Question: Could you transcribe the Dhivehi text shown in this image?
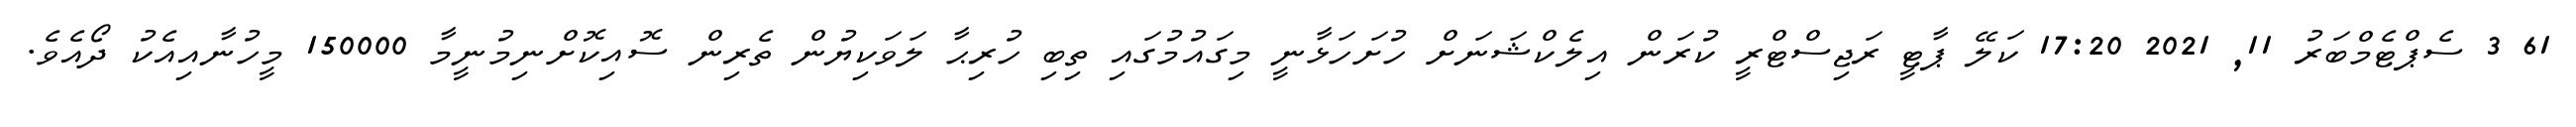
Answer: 61 3 ސެޕްޓެމްބަރު 11, 2021 17:20 ކަލޭ ޕާޓީ ރަޖިސްޓްރީ ކުރަން އިލެކްޝަނަށް ހުށަހަޅާނީ މިގައުމުގައި ތިބި ހުރިޙާ ލަވަކިޔުން ތެރިން ސޮއިކޮށްނިމުނީމާ 150000 މީހުނާއިއެކު ދޯއެވެ.